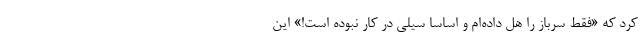
کرد که «فقط سرباز را هل داده‌ام و اساسا سیلی در کار نبوده است!» این